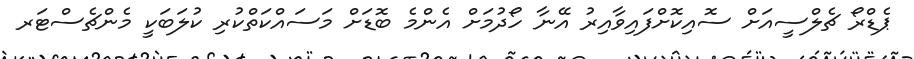
ޕެޑްރޯ ޗެލްސީއަށް ސޮއިކޮށްފައިވާއިރު އޭނާ ހޯދުމަށް އެންމެ ބޮޑަށް މަސައްކަތްކުރި ކުލަބަކީ މެންޗެސްޓަރ